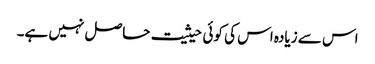
اس سے زیادہ اس کی کوئی حیثیت حاصل نہیں ہے۔